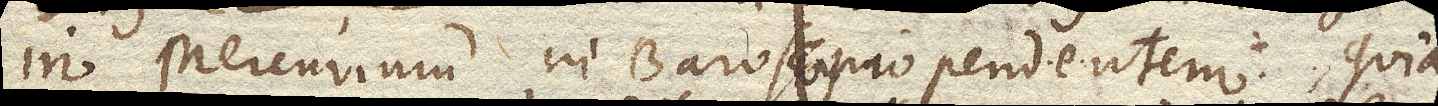
in Mercurium in Baroscopio pendentem, quia